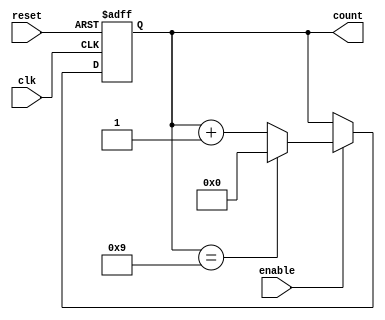
module BCD_Up_Counter_with_Enable (
    input wire clk,
    input wire reset,
    input wire enable,
    output reg [3:0] count
);

always @ (posedge clk or posedge reset) begin
    if (reset) begin
        count <= 4'b0000;
    end else if (enable) begin
        if (count == 4'b1001) begin
            count <= 4'b0000;
        end else begin
            count <= count + 1;
        end
    end
end

endmodule